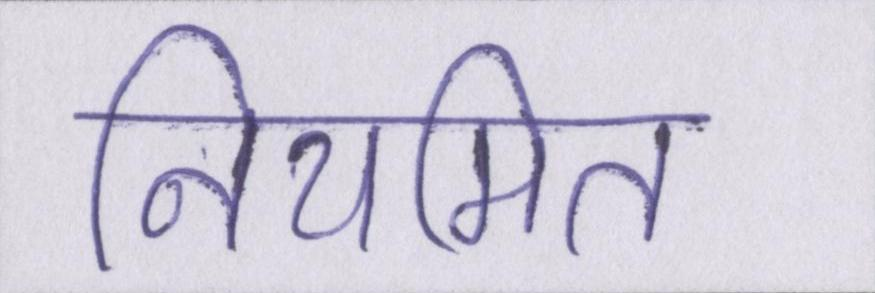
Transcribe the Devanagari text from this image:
नियमित